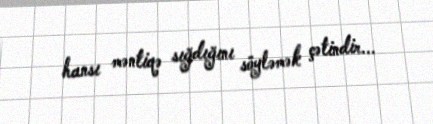
hansı məntiqə sığdığını söyləmək çətindir...